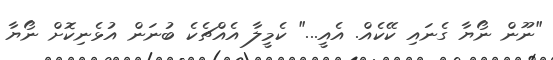
"ނޫން ނޯޔާ ގެނައި ކޭކެއް. އެއީ..." ކެމީލާ އެއްޗެކެ ބުނަން އުޅެނިކޮށް ނޯޔާ